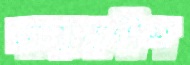
ন্যায়বাগীশ